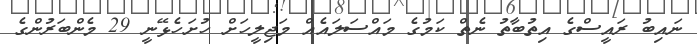
ނައިބު ރައީސްގެ އިތުބާތު ނެތް ކަމުގެ މައްސަލައެއް މަޖިލީހަށް ހުށަހެޅޭނީ 29 މެންބަރުންގެ